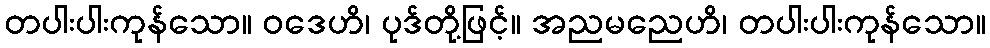
တပါးပါးကုန်သော။ ဝဒေဟိ၊ ပုဒ်တို့ဖြင့်။ အညမညေဟိ၊ တပါးပါးကုန်သော။